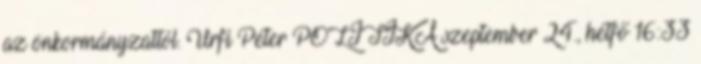
az önkormányzattól. Urfi Péter POLITIKA szeptember 24., hétfő 16:33